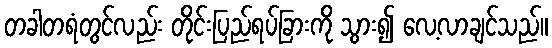
တခါတရံတွင်လည်း တိုင်းပြည်ရပ်ခြားကို သွား၍ လေ့လာချင်သည်။